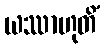
ယဿာဟုတိံ